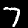
Digit: 7